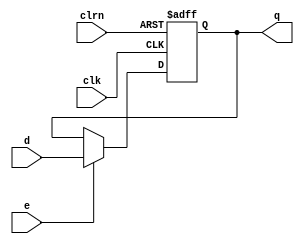
module dffe32 (d, clk, clrn, e, q);
    input  [31:0] d;
    input clk, clrn, e;
    output [31:0] q;
    reg [31:0] q; // real register type 
    always @ (posedge clk or negedge clrn) begin
    if (!clrn)  q <= 0;
        else if (e) q <= d;
    end
endmodule